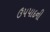
ઉપપાદની